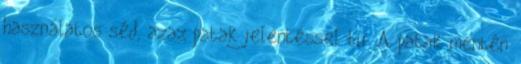
használatos séd, azaz patak jelentéssel bír. A patak mentén